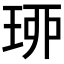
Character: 𤥗